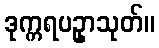
ဒုက္ကရပဥှာသုတ်။